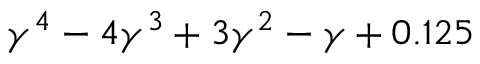
\gamma ^ { 4 } - 4 \gamma ^ { 3 } + 3 \gamma ^ { 2 } - \gamma + 0 . 1 2 5